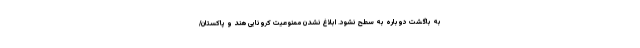
به باگشت دوباره به سطح نشود. ابلاغ نشدن ممنوعیت کرونایی هند و پاکستان/